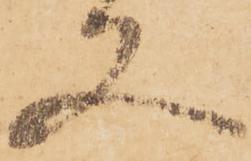
又